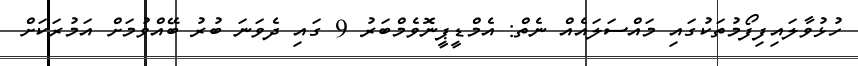
ހުޅުވާލައިފިފޯމުތަކުގައި މައްސަލައެއް ނެތް: އެމްޑީޕީނޮވެމްބަރު 9 ގައި ދެވަނަ ބުރު ބޭއްވުމަށް އަމުރަކަށް